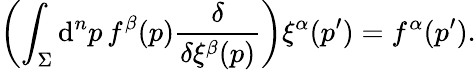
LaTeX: \left(\int_{\Sigma}\mathrm{d}^{n}p\, f^{\beta}(p){\frac{{\delta}}{{\delta\xi^{\beta}(p)}}}\right)\xi^{\alpha}(p^{\prime})=f^{\alpha}(p^{\prime}).